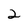
Character: 2